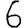
Digit: 6